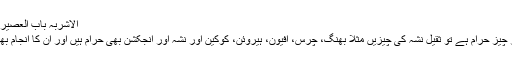
الاشربہ باب العصیر للخمر 3674)
جب ہر نشہ آور چیز حرام ہے تو ثقیل نشہ کی چیزیں مثلاً بھنگ، چرس، افیون، ہیروئن، کوکین اور نشہ آور انجکشن بھی حرام ہیں اور ان کا انجام بھی بدترین ہو گا۔